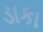
ડાકા